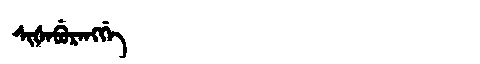
Manchu: ᠰᡳᡧᠠᠪᡠᡵᠠᠩᡤᡝ
Romanization: SIŠABURANGGE